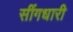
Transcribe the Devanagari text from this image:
सींगधारी